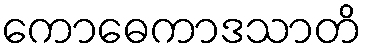
ကောဓေကာဒသာတိ